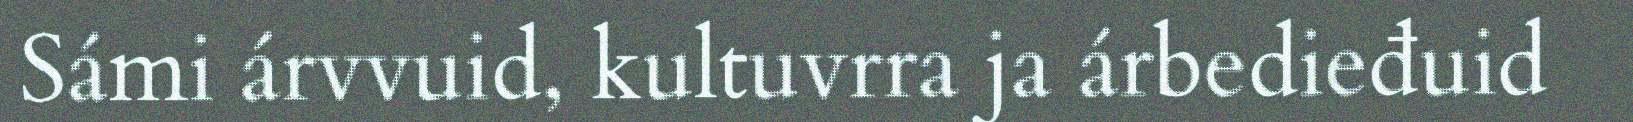
Sámi árvvuid, kultuvrra ja árbedieđuid